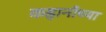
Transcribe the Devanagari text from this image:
कहानीच्या